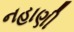
નહાણી